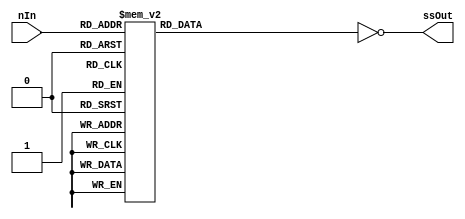
//=======================================================
//  This code was given in UBC CPEN 391 2021W T1
//=======================================================

module SevenSegmentDisplayDecoder(ssOut, nIn);
  output [6:0] ssOut;
  reg [6:0] ssOut_tmp;
  input [3:0] nIn;

  // ssOut format {g, f, e, d, c, b, a}

  always @*
    case (nIn)
      4'h0: ssOut_tmp = 7'b0111111;
      4'h1: ssOut_tmp = 7'b0000110;
      4'h2: ssOut_tmp = 7'b1011011;
      4'h3: ssOut_tmp = 7'b1001111;
      4'h4: ssOut_tmp = 7'b1100110;
      4'h5: ssOut_tmp = 7'b1101101;
      4'h6: ssOut_tmp = 7'b1111101;
      4'h7: ssOut_tmp = 7'b0000111;
      4'h8: ssOut_tmp = 7'b1111111;
      4'h9: ssOut_tmp = 7'b1101111;
      4'hA: ssOut_tmp = 7'b1110111;
      4'hB: ssOut_tmp = 7'b1111100;
      4'hC: ssOut_tmp = 7'b0111001;
      4'hD: ssOut_tmp = 7'b1011110;
      4'hE: ssOut_tmp = 7'b1111001;
      4'hF: ssOut_tmp = 7'b1110001;
    endcase
	assign ssOut = ~ssOut_tmp;
endmodule